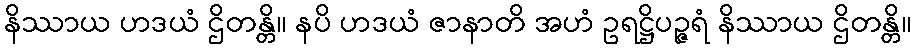
နိဿာယ ဟဒယံ ဌိတန္တိ။ နပိ ဟဒယံ ဇာနာတိ အဟံ ဥရဋ္ဌိပဉ္ဇရံ နိဿာယ ဌိတန္တိ။